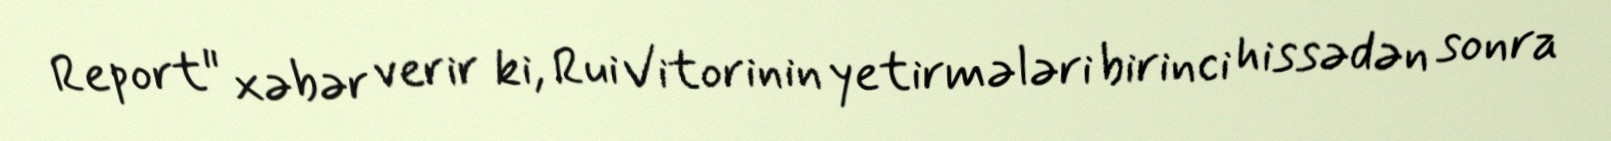
Report" xəbər verir ki, Rui Vitorinin yetirmələri birinci hissədən sonra